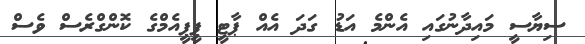
ސިޔާސީ މައިދާނުގައި އެންމެ އަޑު ގަދަ އެއް ޕާޓީ ޕީޕީއެމްގެ ކޮންގްރެސް ވެސް